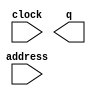
module data_rom (
	address,
	clock,
	q);

	input	[5:0]  address;
	input	  clock;
	output	[7:0]  q;
`ifndef ALTERA_RESERVED_QIS
// synopsys translate_off
`endif
	tri1	  clock;
`ifndef ALTERA_RESERVED_QIS
// synopsys translate_on
`endif

endmodule